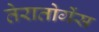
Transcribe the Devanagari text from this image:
तेरातोगेंस